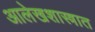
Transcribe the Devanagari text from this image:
आलेखशास्त्रात